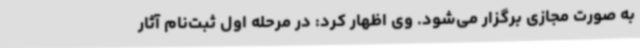
به صورت مجازی برگزار می‌شود. وی اظهار کرد: در مرحله اول ثبت‌نام آثار